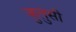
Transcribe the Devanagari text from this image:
जुलुसी